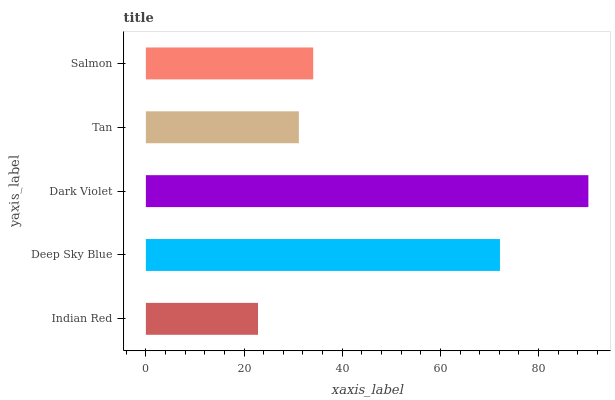
| yaxis_label | bars |
 | --- | --- |
 | Indian Red | 22.8 |
 | Deep Sky Blue | 72.1 |
 | Dark Violet | 90.1 |
 | Tan | 31.2 |
 | Salmon | 34.1 |